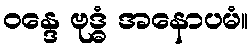
ဝန္ဒေ ဗုဒ္ဓံ အနောပမံ။